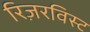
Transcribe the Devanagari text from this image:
रिज़रविस्ट